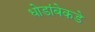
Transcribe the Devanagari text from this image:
धोडांबेकडे